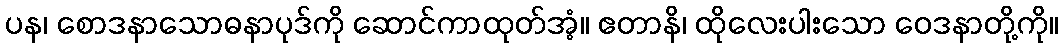
ပန၊ စောဒနာသောဓနာပုဒ်ကို ဆောင်ကာထုတ်အံ့။ ဧတာနိ၊ ထိုလေးပါးသော ဝေဒနာတို့ကို။